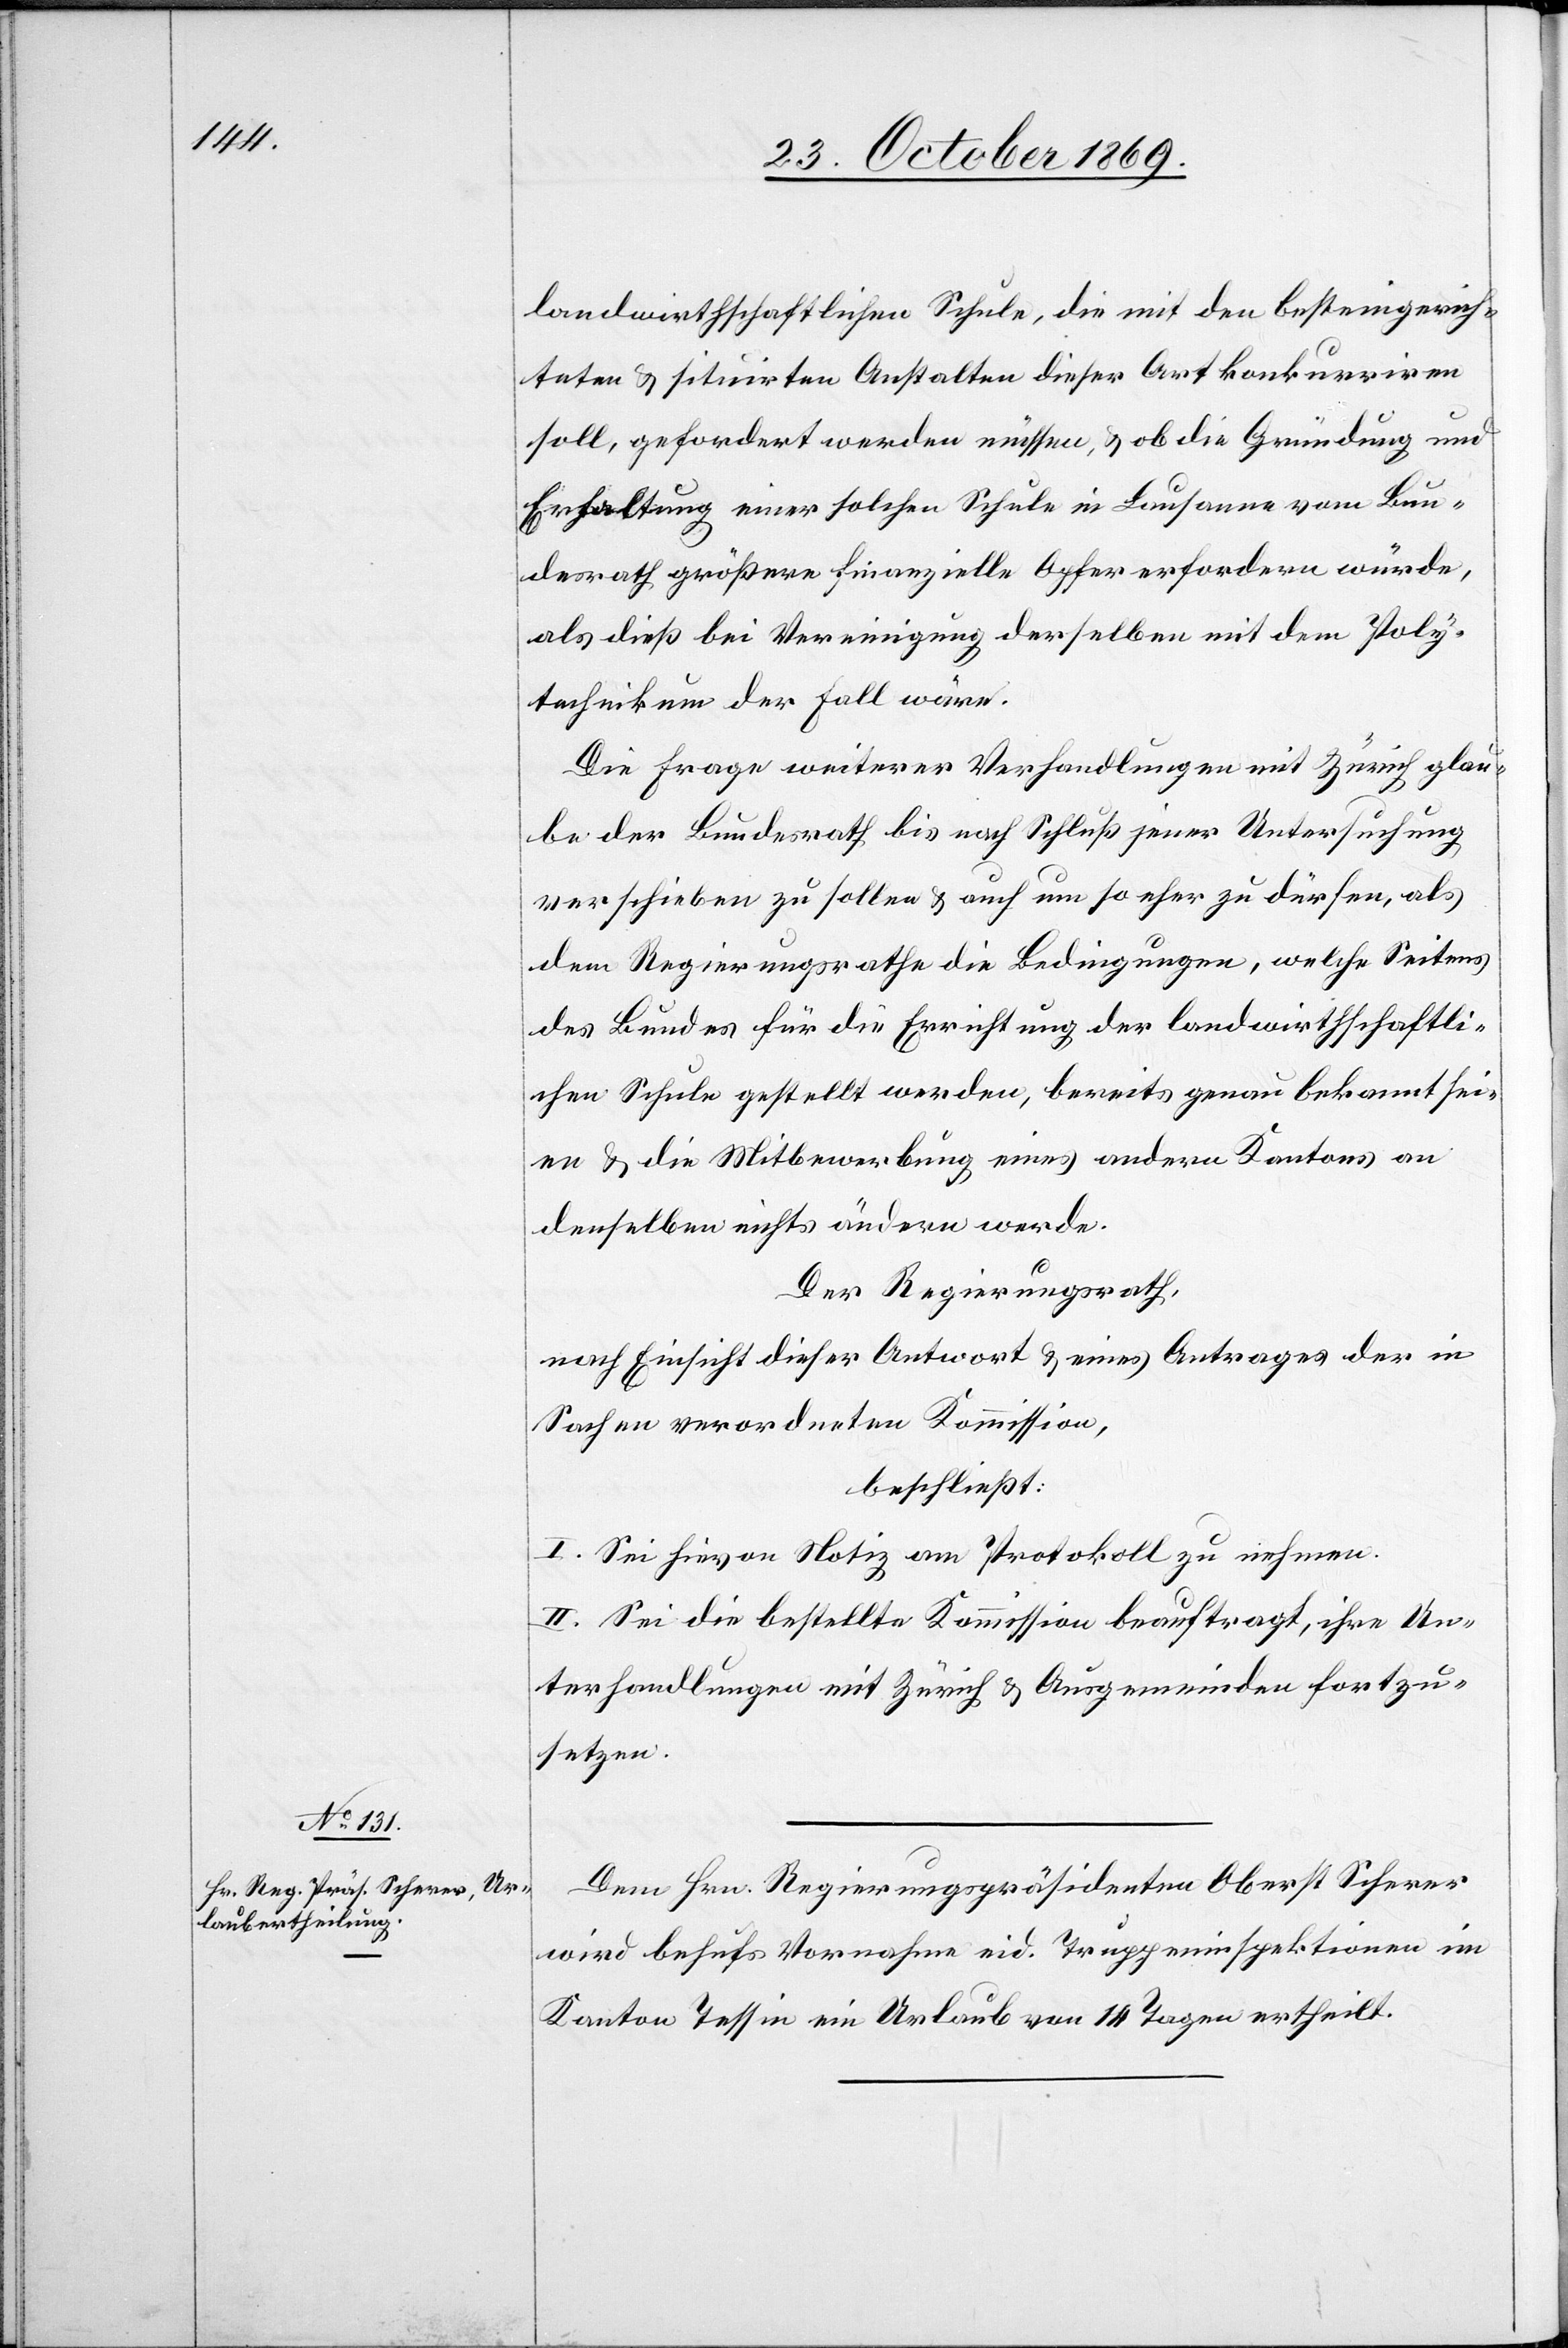
landwirthschaftlichen Schule, die mit den besteingerich¬
teten & situirten Anstalten dieser Art konkurriren
soll, gefordert werden müssen, & ob die Gründung und
Erhaltung einer solchen Schule in Lausanne vom Bun¬
desrath größere finanzielle Opfer erfordern würde,
als dieß bei Vereinigung derselben mit dem Poly¬
technikum der Fall wäre.
Die Frage weiterer Verhandlungen mit Zürich glau¬
be der Bundesrath bis nach Schluß jener Untersuchung
verschieben zu sollen & auch um so eher zu dürfen, als
dem Regierungsrathe die Bedingungen, welche Seitens
des Bundes für die Errichtung der landwirthschaftli¬
chen Schule gestellt werden, bereits genau bekannt sei¬
en & die Mitbewerbung eines andern Kantons an
denselben nichts ändern werde.
Der Regierungsrath,
nach Einsicht dieser Antwort & eines Antrages der in
Sachen verordneten Kommission,
beschließt:
I. Sei hievon Notiz am Protokoll zu nehmen.
II. Sei die bestellte Kommission beauftragt, ihre Un¬
terhandlungen mit Zürich & Ausgemeinden fortzu¬
setzen.
Dem Hrn. Regierungspräsidenten Oberst Scherer
wird behufs Vornahme eid. Truppeninspektionen im
Kanton Tessin ein Urlaub von 14 Tagen ertheilt.